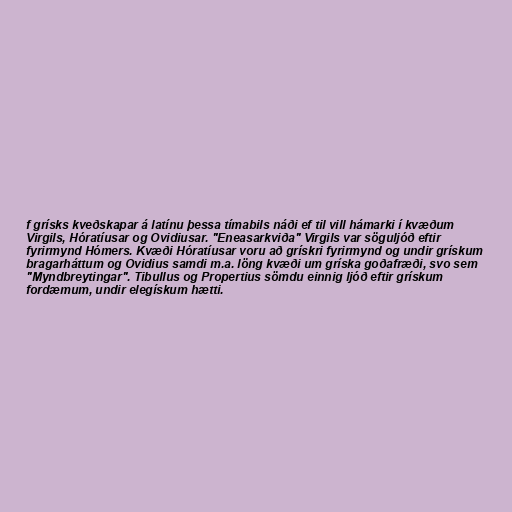
f grísks kveðskapar á latínu þessa tímabils náði ef til vill hámarki í kvæðum
Virgils, Hóratíusar og Ovidiusar. "Eneasarkviða" Virgils var söguljóð eftir
fyrirmynd Hómers. Kvæði Hóratíusar voru að grískri fyrirmynd og undir grískum
bragarháttum og Ovidius samdi m.a. löng kvæði um gríska goðafræði, svo sem
"Myndbreytingar". Tibullus og Propertius sömdu einnig ljóð eftir grískum
fordæmum, undir elegískum hætti.